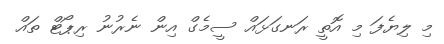
މި ލިޔެފަ މި އޮތީ ރަނގަޅައް ސީމެގް އިން ނެރުނު ރިޕޯޓް ތައް